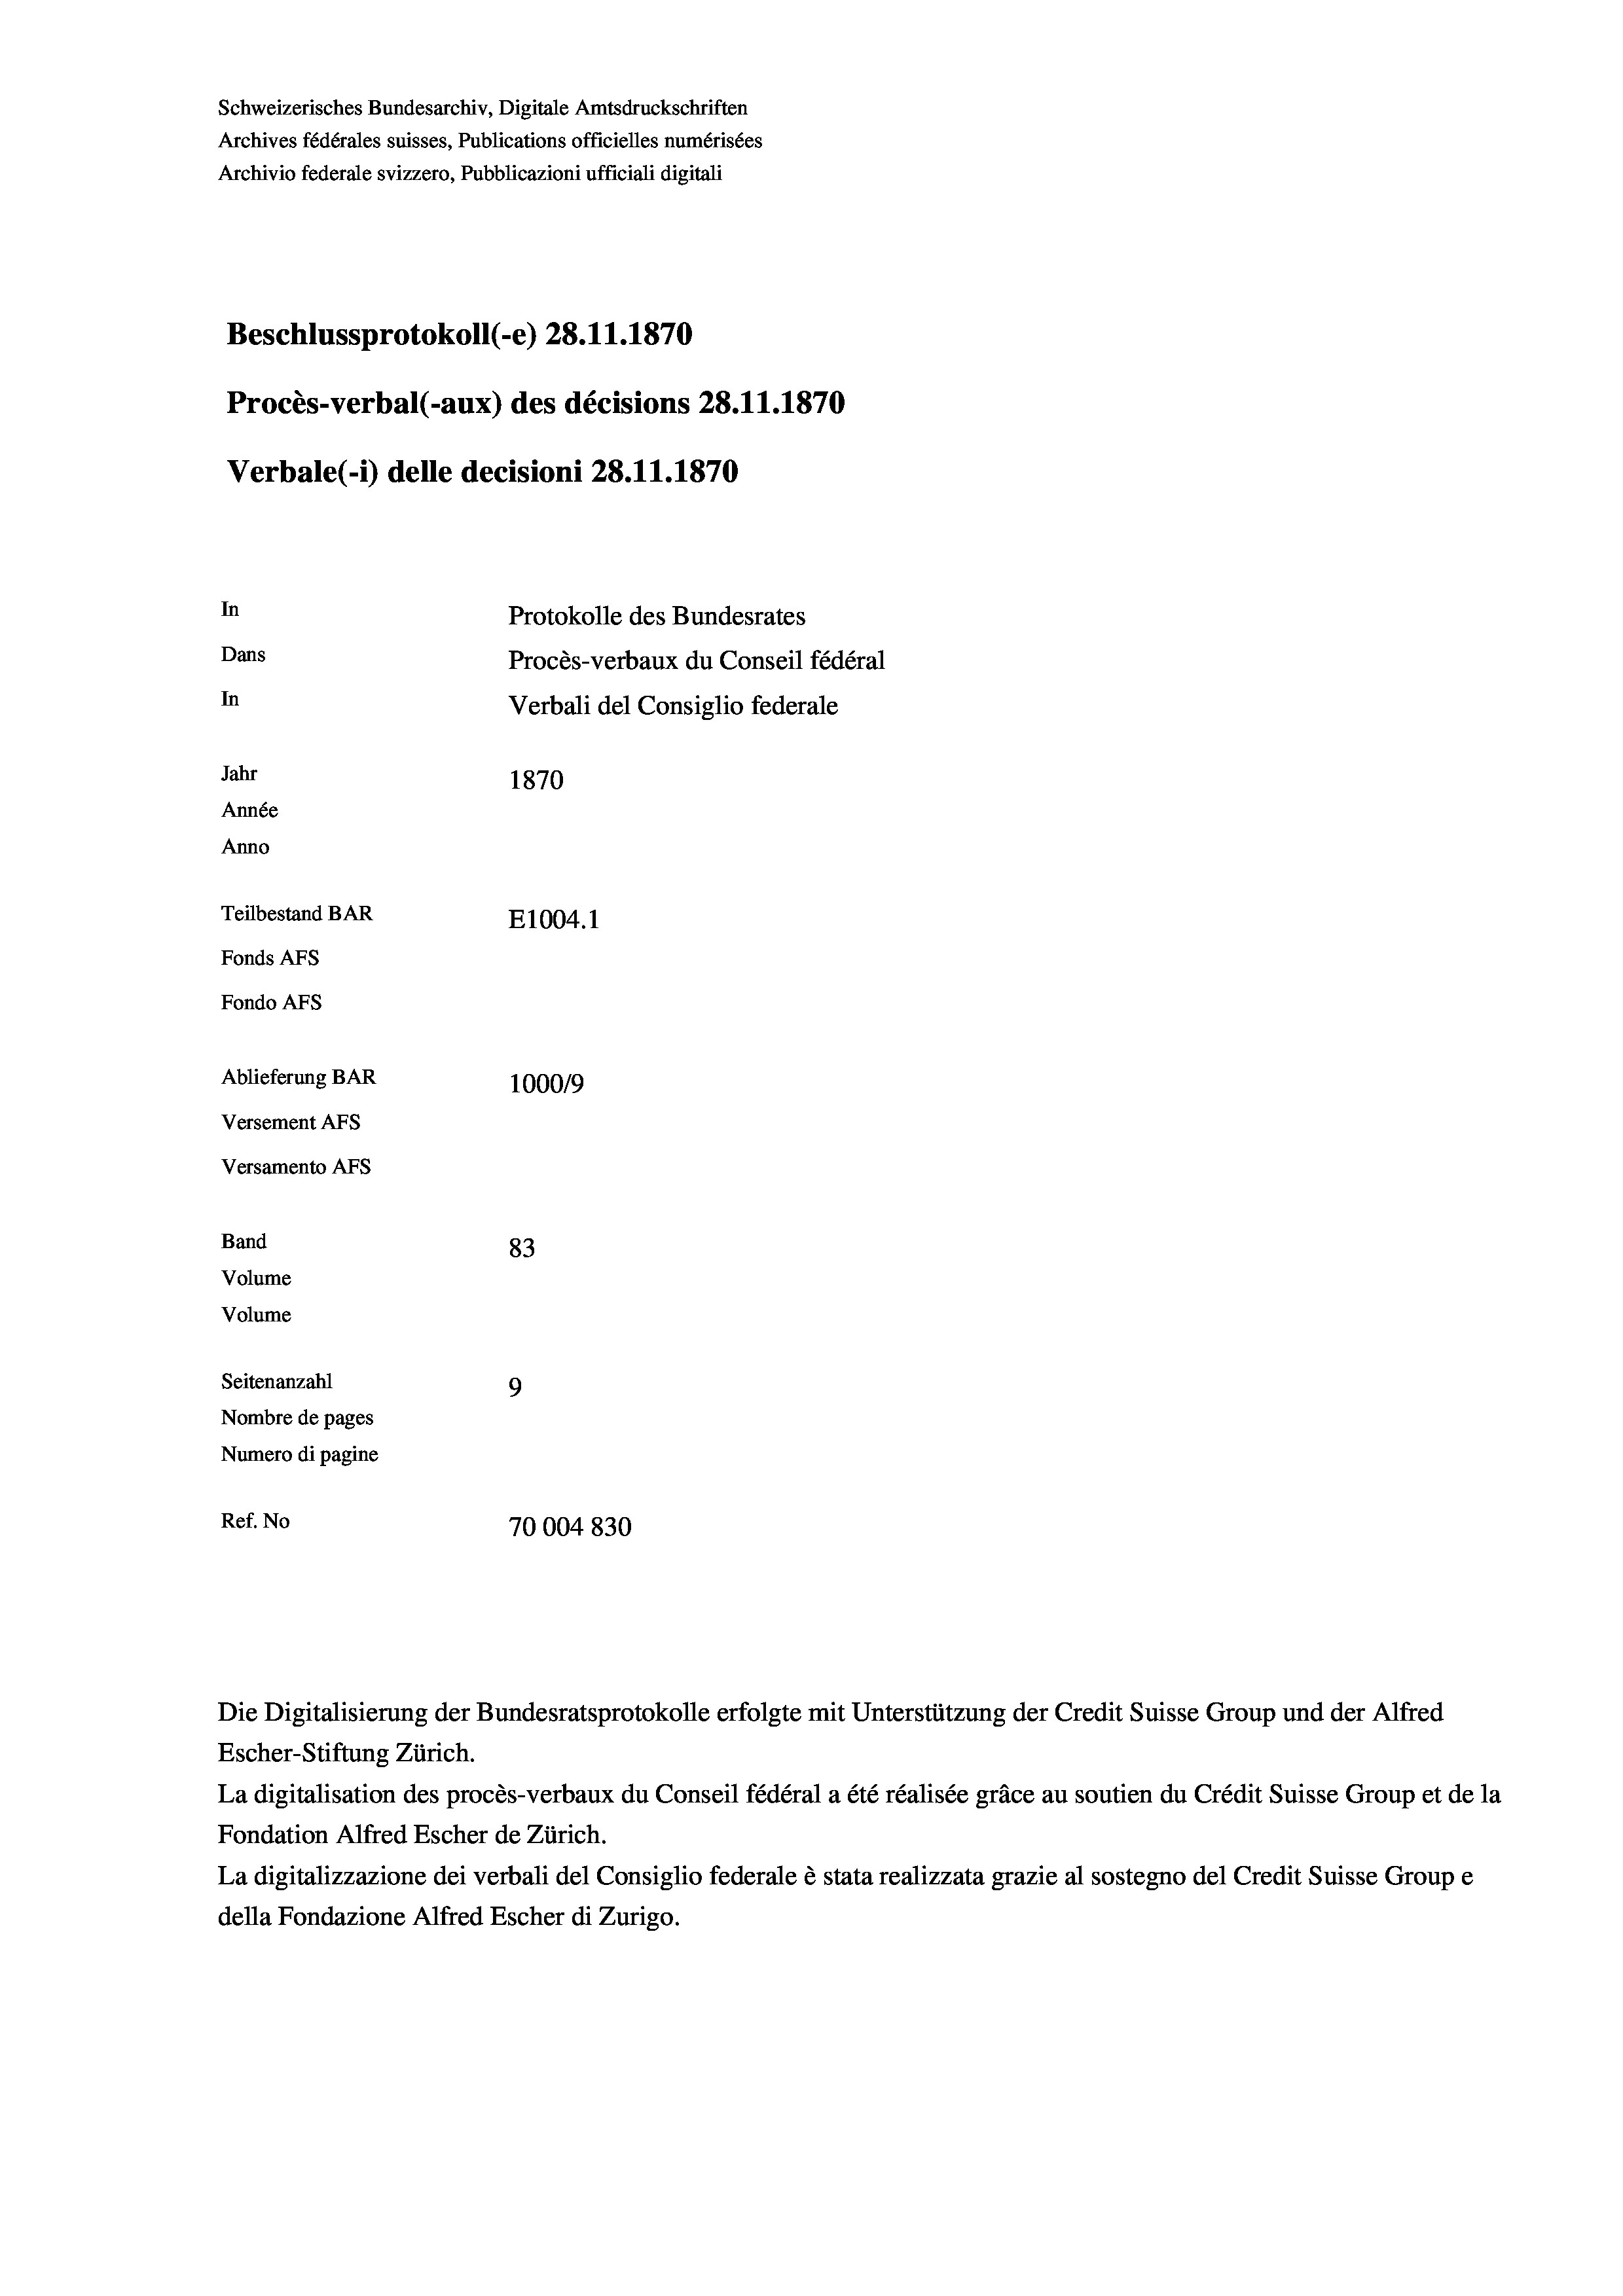
Schweizerisches Bundesarchiv, Digitale Amtsdruckschriften
Archives fédérales suisses, Publications officielles numérisées
Archivio federale svizzero, Pubblicazioni ufficiali digitali
Beschlussprotokoll (-e) 28.11.1870
Procès-verbal (-aux) des décisions 28.11.1870
Verbale (- 1) delle decisioni 28.11.1870
In
Protokolle des Bundesrates
Dans
Procès-verbaux du Conseil fédéral
In
Verbali del Consiglio federale
Jahr
1870
Année
Anno
Teilbestand BAR
E1004.1
Fonds AFs
Fondo AFS
Ablieferung BAR
100019
Versement AFS
Versamento Afs

83
Seitenanzahl
9
Nombre de pages
Numero di pagine
Ref. No
70004 830

Band
Volume
Volume

Die Digitalisierung der Bundesratsprotokolle erfolgte mit Unterstützung der Credit Suisse Group und der Alfred
Escher-Stiftung Zürich.
La digitalisation des procès-verbaux du Conseil fédéral a été réalisée gräce au soutien du Crédit Suisse Group et de la
Fondation Alfred Escher de Zürich.
La digitalizzazione dei verbali del Consiglio federale è stata realizzata grazie al sostegno del Credit Suisse Groupe
della Fondazione Alfred Escher di Zurigo.